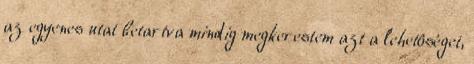
az egyenes utat betartva mindig megkerestem azt a lehetôséget,